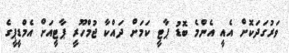
ވަރުގަދަކޮށް އެއީ އެންމެ ބޮޑު ޕާޓީ ކަމަށް ދައްކާ ޖުމްހޫރީ ޕާޓީއަށް އެމްޑީޕީގެ